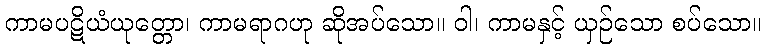
ကာမပဋိယံယုတ္တော၊ ကာမရာဂဟု ဆိုအပ်သော။ ဝါ၊ ကာမနှင့် ယှဉ်သော စပ်သော။